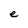
Character: e